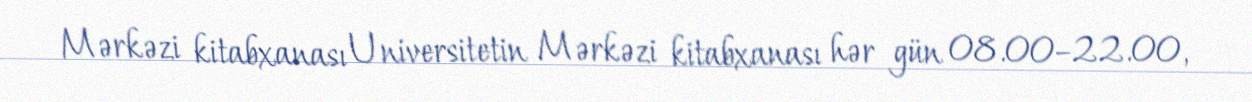
Mərkəzi kitabxanası Universitetin Mərkəzi kitabxanası hər gün 08.00–22.00,